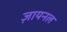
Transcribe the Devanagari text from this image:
ज़ायनल